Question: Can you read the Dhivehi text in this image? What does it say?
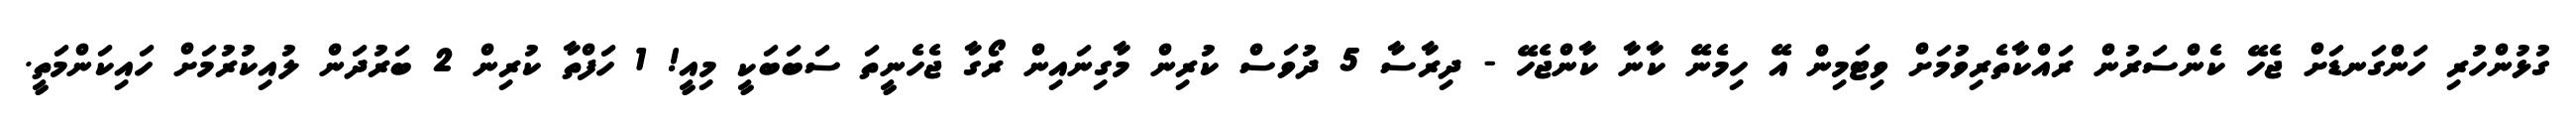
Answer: ގުޅުންހުރި ހަންގަނޑަށް ޖެހޭ ކެންސަރުން ރައްކާތެރިވުމަށް ވިޓަމިން އޭ ހިމެނޭ ކާނާ ކާންޖެހޭ - ދިރާސާ 5 ދުވަސް ކުރިން މާގިނައިން ރޯގާ ޖެހެނީތަ ސަބަބަކީ މިއީ! 1 ހަފްތާ ކުރިން 2 ބަރުދަން ލުއިކުރުމަށް ހައިކަންމަތީ.